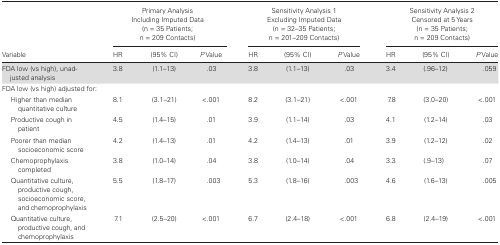
<table><thead><tr><td rowspan="2"><b>Variable</b></td><td colspan="3"><b>Primary AnalysisIncluding Imputed Data(n = 35 Patients;n = 209 Contacts)</b></td><td colspan="3"><b>Sensitivity Analysis 1Excluding Imputed Data(n = 32–35 Patients;n = 201–209 Contacts)</b></td><td colspan="3"><b>Sensitivity Analysis 2Censored at 5 Years(n = 35 Patients;n = 209 Contacts)</b></td></tr><tr><td><b>HR</b></td><td><b>(95% CI)</b></td><td><b><i>P</i> Value</b></td><td><b>HR</b></td><td><b>(95% CI)</b></td><td><b><i>P</i> Value</b></td><td><b>HR</b></td><td><b>(95% CI)</b></td><td><b><i>P</i> Value</b></td></tr></thead><tbody><tr><td>FDA low (vs high), unadjusted analysis</td><td>3.8</td><td>(1.1–13)</td><td>.03</td><td>3.8</td><td>(1.1–13)</td><td>.03</td><td>3.4</td><td>(.96–12)</td><td>.059</td></tr><tr><td colspan="10">FDA low (vs high) adjusted for:</td></tr><tr><td>Higher than median quantitative culture</td><td>8.1</td><td>(3.1–21)</td><td>&lt;.001</td><td>8.2</td><td>(3.1–21)</td><td>&lt;.001</td><td>7.8</td><td>(3.0–20)</td><td>&lt;.001</td></tr><tr><td>Productive cough in patient</td><td>4.5</td><td>(1.4–15)</td><td>.01</td><td>3.9</td><td>(1.1–14)</td><td>.03</td><td>4.1</td><td>(1.2–14)</td><td>.03</td></tr><tr><td>Poorer than median socioeconomic score</td><td>4.2</td><td>(1.4–13)</td><td>.01</td><td>4.2</td><td>(1.4–13)</td><td>.01</td><td>3.9</td><td>(1.2–12)</td><td>.02</td></tr><tr><td>Chemoprophylaxis completed</td><td>3.8</td><td>(1.0–14)</td><td>.04</td><td>3.8</td><td>(1.0–14)</td><td>.04</td><td>3.3</td><td>(.9–13)</td><td>.07</td></tr><tr><td>Quantitative culture, productive cough, socioeconomic score, and chemoprophylaxis</td><td>5.5</td><td>(1.8–17)</td><td>.003</td><td>5.3</td><td>(1.8–16)</td><td>.003</td><td>4.6</td><td>(1.6–13)</td><td>.005</td></tr><tr><td>Quantitative culture, productive cough, and chemoprophylaxis</td><td>7.1</td><td>(2.5–20)</td><td>&lt;.001</td><td>6.7</td><td>(2.4–18)</td><td>&lt;.001</td><td>6.8</td><td>(2.4–19)</td><td>&lt;.001</td></tr></tbody></table>